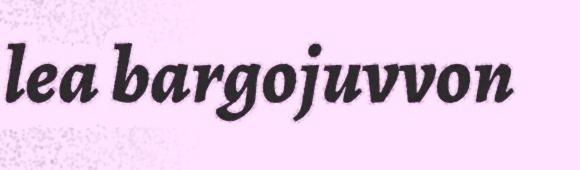
lea bargojuvvon